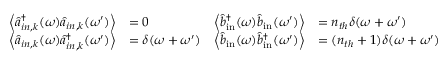
\begin{array} { r l r l } { \left\langle \hat { a } _ { i n , k } ^ { \dagger } ( \omega ) \hat { a } _ { i n , k } ( \omega ^ { \prime } ) \right\rangle } & { = 0 } & { \left\langle \hat { b } _ { \mathrm { i n } } ^ { \dagger } ( \omega ) \hat { b } _ { \mathrm { i n } } ( \omega ^ { \prime } ) \right\rangle } & { = n _ { t h } \delta ( \omega + \omega ^ { \prime } ) } \\ { \left\langle \hat { a } _ { i n , k } ( \omega ) \hat { a } _ { i n , k } ^ { \dagger } ( \omega ^ { \prime } ) \right\rangle } & { = \delta ( \omega + \omega ^ { \prime } ) } & { \left\langle \hat { b } _ { \mathrm { i n } } ( \omega ) \hat { b } _ { \mathrm { i n } } ^ { \dagger } ( \omega ^ { \prime } ) \right\rangle } & { = ( n _ { t h } + 1 ) \delta ( \omega + \omega ^ { \prime } ) } \end{array}